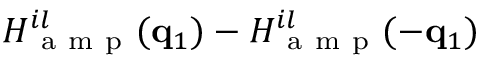
H _ { \mathrm { ~ a ~ m ~ p ~ } } ^ { i l } ( \mathbf { q } _ { 1 } ) - H _ { \mathrm { ~ a ~ m ~ p ~ } } ^ { i l } ( - \mathbf { q } _ { 1 } )